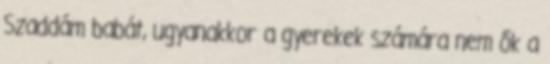
Szaddám babát, ugyanakkor a gyerekek számára nem ők a